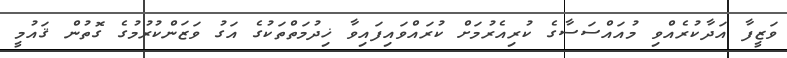
ވަޒީފާ އަދާކުރެއްވި މުއައްސަސާގެ ކުރިއެރުމަށް ކުރައްވައިފައިވާ ޚިދުމަތްތަކުގެ އަގު ވަޒަންކުރުމުގެ ގޮތުން ޤައުމީ